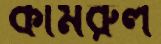
কামরুল